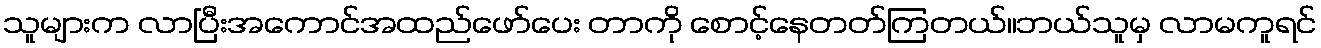
သူများက လာပြီးအကောင်အထည်ဖော်ပေး တာကို စောင့်နေတတ်ကြတယ်။ဘယ်သူမှ လာမကူရင်